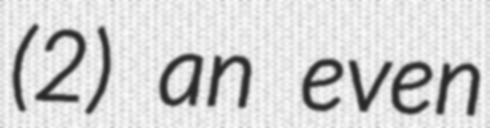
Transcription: (2) an even